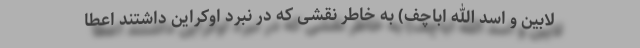
لابین و اسد الله اباچف) به خاطر نقشی که در نبرد اوکراین داشتند اعطا